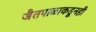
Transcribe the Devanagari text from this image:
जैतपाळाकडूनही